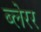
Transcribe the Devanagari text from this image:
ब्लेरर